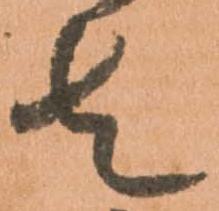
者